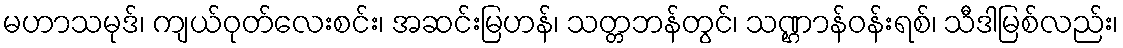
မဟာသမုဒ်၊ ကျယ်ဝုတ်လေးစင်း၊ အဆင်းမြဟန်၊ သတ္တဘန်တွင်၊ သဏ္ဌာန်ဝန်းရစ်၊ သီဒါမြစ်လည်း၊